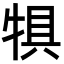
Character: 犋